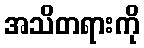
အသိတရားကို